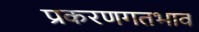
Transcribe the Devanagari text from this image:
प्रकरणगतभाव